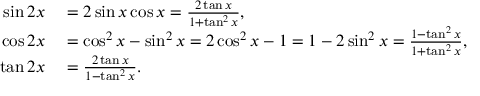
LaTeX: \begin{array} { r l } { \sin 2 x } & { { } = 2 \sin x \cos x = { \frac { 2 \tan x } { 1 + \tan ^ { 2 } x } } , } \\ { \cos 2 x } & { { } = \cos ^ { 2 } x - \sin ^ { 2 } x = 2 \cos ^ { 2 } x - 1 = 1 - 2 \sin ^ { 2 } x = { \frac { 1 - \tan ^ { 2 } x } { 1 + \tan ^ { 2 } x } } , } \\ { \tan 2 x } & { { } = { \frac { 2 \tan x } { 1 - \tan ^ { 2 } x } } . } \end{array}